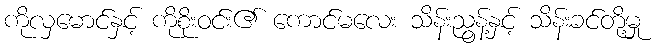
ကိုလှမောင်နှင့် ကိုစိုးဝင်း၏ ကောင်မလေး သိန်းညွန့်နှင့် သိန်းခင်တို့မှု